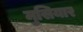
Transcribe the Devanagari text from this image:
मुसियार